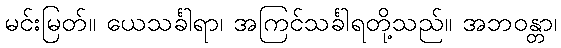
မင်းမြတ်။ ယေသင်္ခါရာ၊ အကြင်သင်္ခါရတို့သည်။ အဘဝန္တာ၊